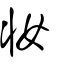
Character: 妝